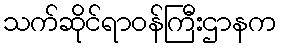
သက်ဆိုင်ရာဝန်ကြီးဌာနက